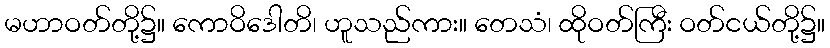
မဟာဝတ်တို့၌။ ကောဝိဒေါတိ၊ ဟူသည်ကား။ တေသံ၊ ထိုဝတ်ကြီး ဝတ်ငယ်တို့၌။